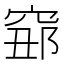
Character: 𥦅